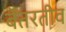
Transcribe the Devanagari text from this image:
बेतरतीव